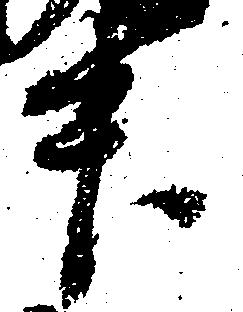
升